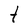
Character: t